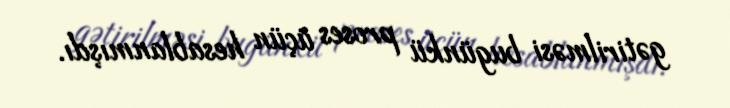
gətirilməsi bugünkü proses üçün hesablanmışdı.